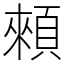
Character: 顂